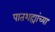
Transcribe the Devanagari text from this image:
पातशह्यांच्या